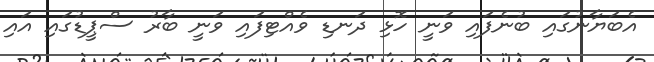
އެބަޔާނުގައި ބުނެފައި ވަނީ ހޮޅި ދަނޑި ވެއްޓިފައި ވަނީ ބާރު ސްޕީޑުގައި އައި